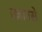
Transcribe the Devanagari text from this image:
प्रज्ञानसे